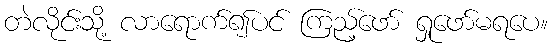
တဲလိုင်းသို့ လာရောက်၍ပင် ကြည့်ဖော် ရှုဖော်မရပေ။